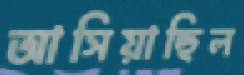
আসিয়াছিল